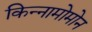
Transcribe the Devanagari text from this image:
किन्नामोमोन